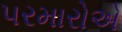
પરમારોએ